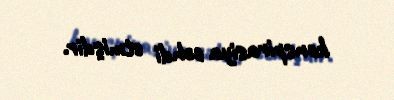
konspirasiya cəhdi etmişdir.